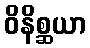
ဝိနိစ္ဆယာ